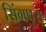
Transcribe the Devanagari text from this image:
सिंगपुरा